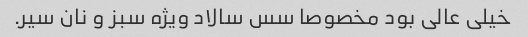
خیلی عالی بود مخصوصا سس سالاد ویژه سبز و نان سیر.